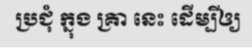
ប្រជុំ ក្នុង គ្រា នេះ ដើម្បីឲ្យ